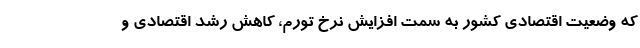
که وضعيت اقتصادي کشور به سمت افزایش نرخ تورم، کاهش رشد اقتصادي و